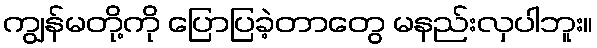
ကျွန်မတို့ကို ပြောပြခဲ့တာတွေ မနည်းလှပါဘူး။